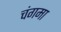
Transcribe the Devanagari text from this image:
चंगमा